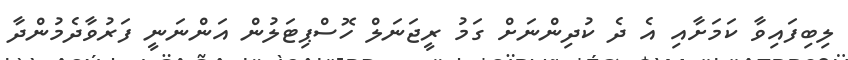
ލިބިފައިވާ ކަމަށާއި އެ ދެ ކުދިންނަށް ގަމު ރީޖަނަލް ހޮސްޕިޓަލުން އަންނަނީ ފަރުވާދެމުންދާ